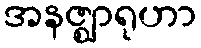
အနဇ္ဈာရုဟာ